Civil Veterinary Department Bengal reports 1923-33 - 1923-1933
Year: 1923
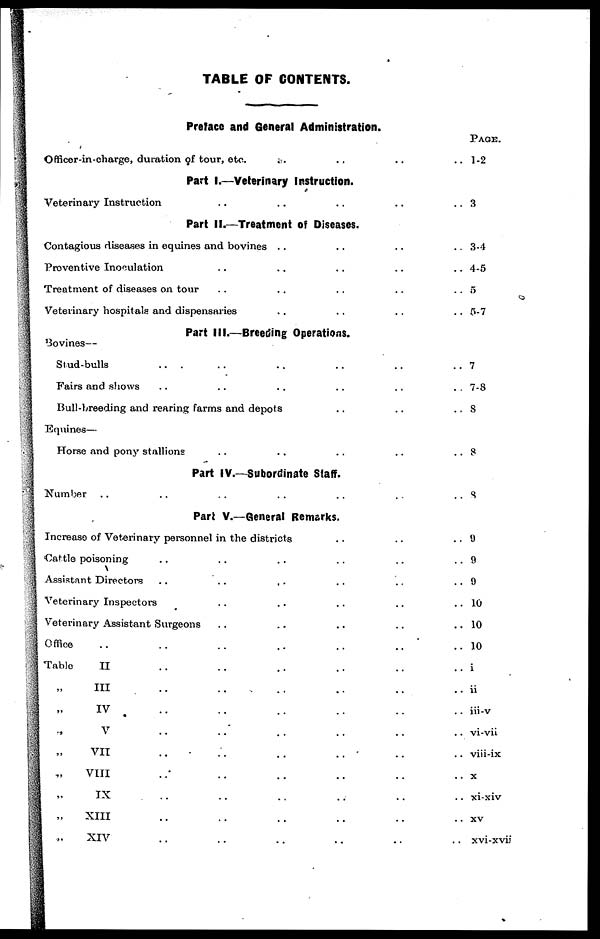
TABLE OF CONTENTS.
Preface and General Administration.
Officer-in-charge, duration of tour, etc. ... .......
Part I.—Veterinary Instruction.
Veterinary Instruction
..
..
......
Part II.—Treatment of Diseases.
Contagious diseases in equines and bovines .. ......
Preventive Inoculation .. .. ......
Treatment of diseases on tour .. .. ......
Veterinary hospitals and dispensaries .. ......
Part III.—Breeding Operations.
Bovines—
Stud-bulls .. .. .. ......
Fairs and shows .. .. .. ......
Bull-breeding and rearing farms and depots ......
Equines—
Horse and pony stallions .. .. ......
Part IV.—Subordinate Staff.
Number .. .. .. .. ......
Part V.—General Remarks.
Increase of Veterinary personnel in the districts .. ....
Cattle poisoning .. .. .. .. ....
Assistant Directors .. .. .. ......
Veterinary Inspectors .. .. .. ......
Veterinary Assistant Surgeons .. .. ......
Office .. .. .. .. ......
Table
II .. .. .. ......
„ III .. .. .. ......
„ IV .. .. .. ......
„ V .. .. .. .... ..
„ VII .. .. .. .. .. ..
„ VIII .. .. .. .. .. ..
„ IX .. .. .. .. .. ..
„ XIII .. .. .. .. ....
„ XIV .. .. .. .. .. ..
PAGE.
1-2
3
3-4
4-5
5
5-7
7
7-3
8
8
8
9
9
9
10
10
10
i
ii
iii-v
vi-vii
viii-ix
x
xi-xiv
xv
xvi-xvii